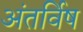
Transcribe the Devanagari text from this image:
अंतर्विष